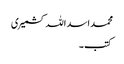
محمد اسد اللہ کشمیری
کتب ۔